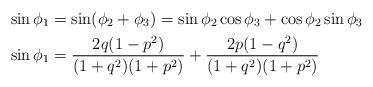
LaTeX: \begin{align*}\sin \phi_1 &= \sin (\phi_2 + \phi_3) = \sin \phi_2 \cos \phi_3 + \cos \phi_2 \sin \phi_3 \\\sin \phi_1 &= \frac{2q(1-p^2)}{(1+q^2)(1+p^2)} + \frac{2p(1-q^2)}{(1+q^2)(1+p^2)}\end{align*}